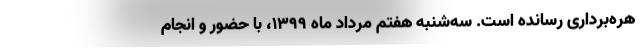
هره‌برداری رسانده است. سه‌شنبه هفتم مرداد ماه ۱۳۹۹، با حضور و انجام